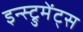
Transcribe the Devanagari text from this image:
इन्स्ट्रुमेंट्‌स